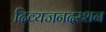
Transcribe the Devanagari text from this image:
दिव्यजनदरशन